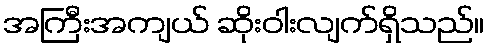
အကြီးအကျယ် ဆိုးဝါးလျက်ရှိသည်။